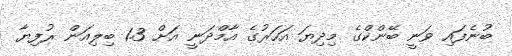
ބުނެފައި ވަނީ ބޭންކްގެ މިދިޔަ އަހަރުގެ އާމްދަނީ އަށް 1.3 ބިލިއަން ރުފިޔާ